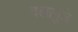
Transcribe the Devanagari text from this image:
दलामुळे